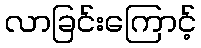
လာခြင်းကြောင့်